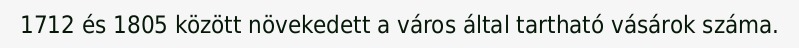
1712 és 1805 között növekedett a város által tartható vásárok száma.